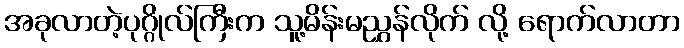
အခုလာတဲ့ပုဂ္ဂိုလ်ကြီးက သူ့မိန်းမညွှန်လိုက် လို့ ရောက်လာတာ